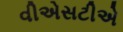
વીએસટીએ